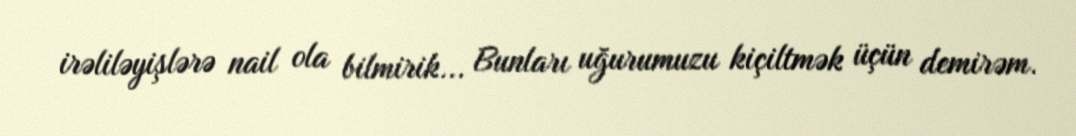
irəliləyişlərə nail ola bilmirik... Bunları uğurumuzu kiçiltmək üçün demirəm.